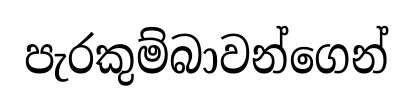
පැරකුම්බාවන්ගෙන්